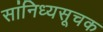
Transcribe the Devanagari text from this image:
सांनिध्यसूचक